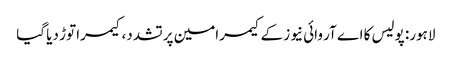
لاہور: پولیس کا اے آر وائی نیوز کے کیمرامین پر تشدد، کیمرا توڑ دیا گیا